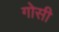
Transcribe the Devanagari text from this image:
गोसी